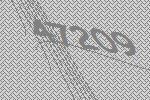
47209